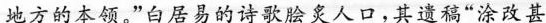
地方的本领。”白居易的诗歌炎人口。其“涂改甚